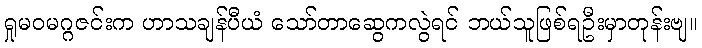
ရှုမဝမဂ္ဂဇင်းက ဟာသချန်ပီယံ သော်တာဆွေကလွဲရင် ဘယ်သူဖြစ်ရဦးမှာတုန်းဗျ။